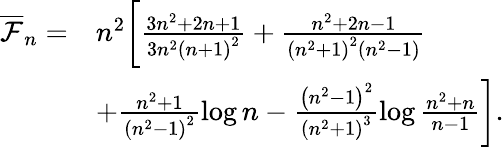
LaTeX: \begin{array}{rl}{\overline{{\mathcal{F}}}_{n}=}&{n^{2}\bigg[\frac{3n^{2}+2n+1}{3n^{2}\left(n+1\right)^{2}}+\frac{n^{2}+2n-1}{\left(n^{2}+1\right)^{2}\left(n^{2}-1\right)}}\\ &{+\frac{n^{2}+1}{\left(n^{2}-1\right)^{2}}\log n-\frac{\left(n^{2}-1\right)^{2}}{\left(n^{2}+1\right)^{3}}\log\frac{n^{2}+n}{n-1}\bigg].}\end{array}